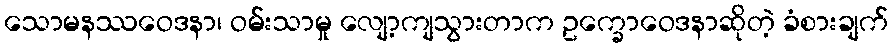
သောမနဿဝေဒနာ၊ ဝမ်းသာမှု လျော့ကျသွားတာက ဥက္ခောဝေဒနာဆိုတဲ့ ခံစားချက်